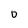
Character: O